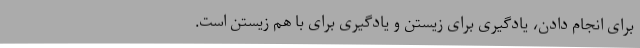
برای انجام دادن، یادگیری برای زیستن و یادگیری برای با هم زیستن است.